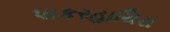
પાકરહાચિસ